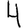
Digit: 4